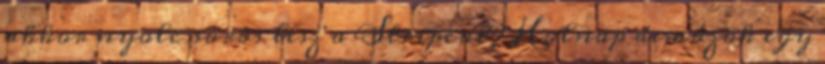
akkor nyolc soros lesz a Stripcat? Holnap demózok egy